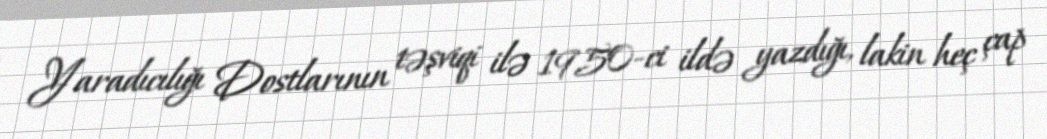
Yaradıcılığı Dostlarının təşviqi ilə 1950-ci ildə yazdığı, lakin heç çap